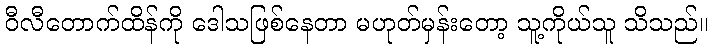
ဝီလီတောက်ထိန်ကို ဒေါသဖြစ်နေတာ မဟုတ်မှန်းတော့ သူ့ကိုယ်သူ သိသည်။